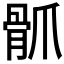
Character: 𩨢